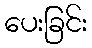
ပေးခြင်း